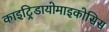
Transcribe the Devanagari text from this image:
काइट्रिडायोमाइकोसिस